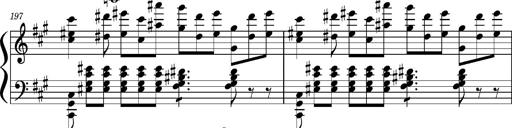
Title: Concerto sans orchestre, S.524a
Composer: Franz Liszt
Key: A major